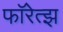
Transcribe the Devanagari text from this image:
फॉरेत्झ